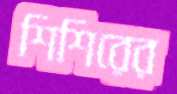
শিশিরের